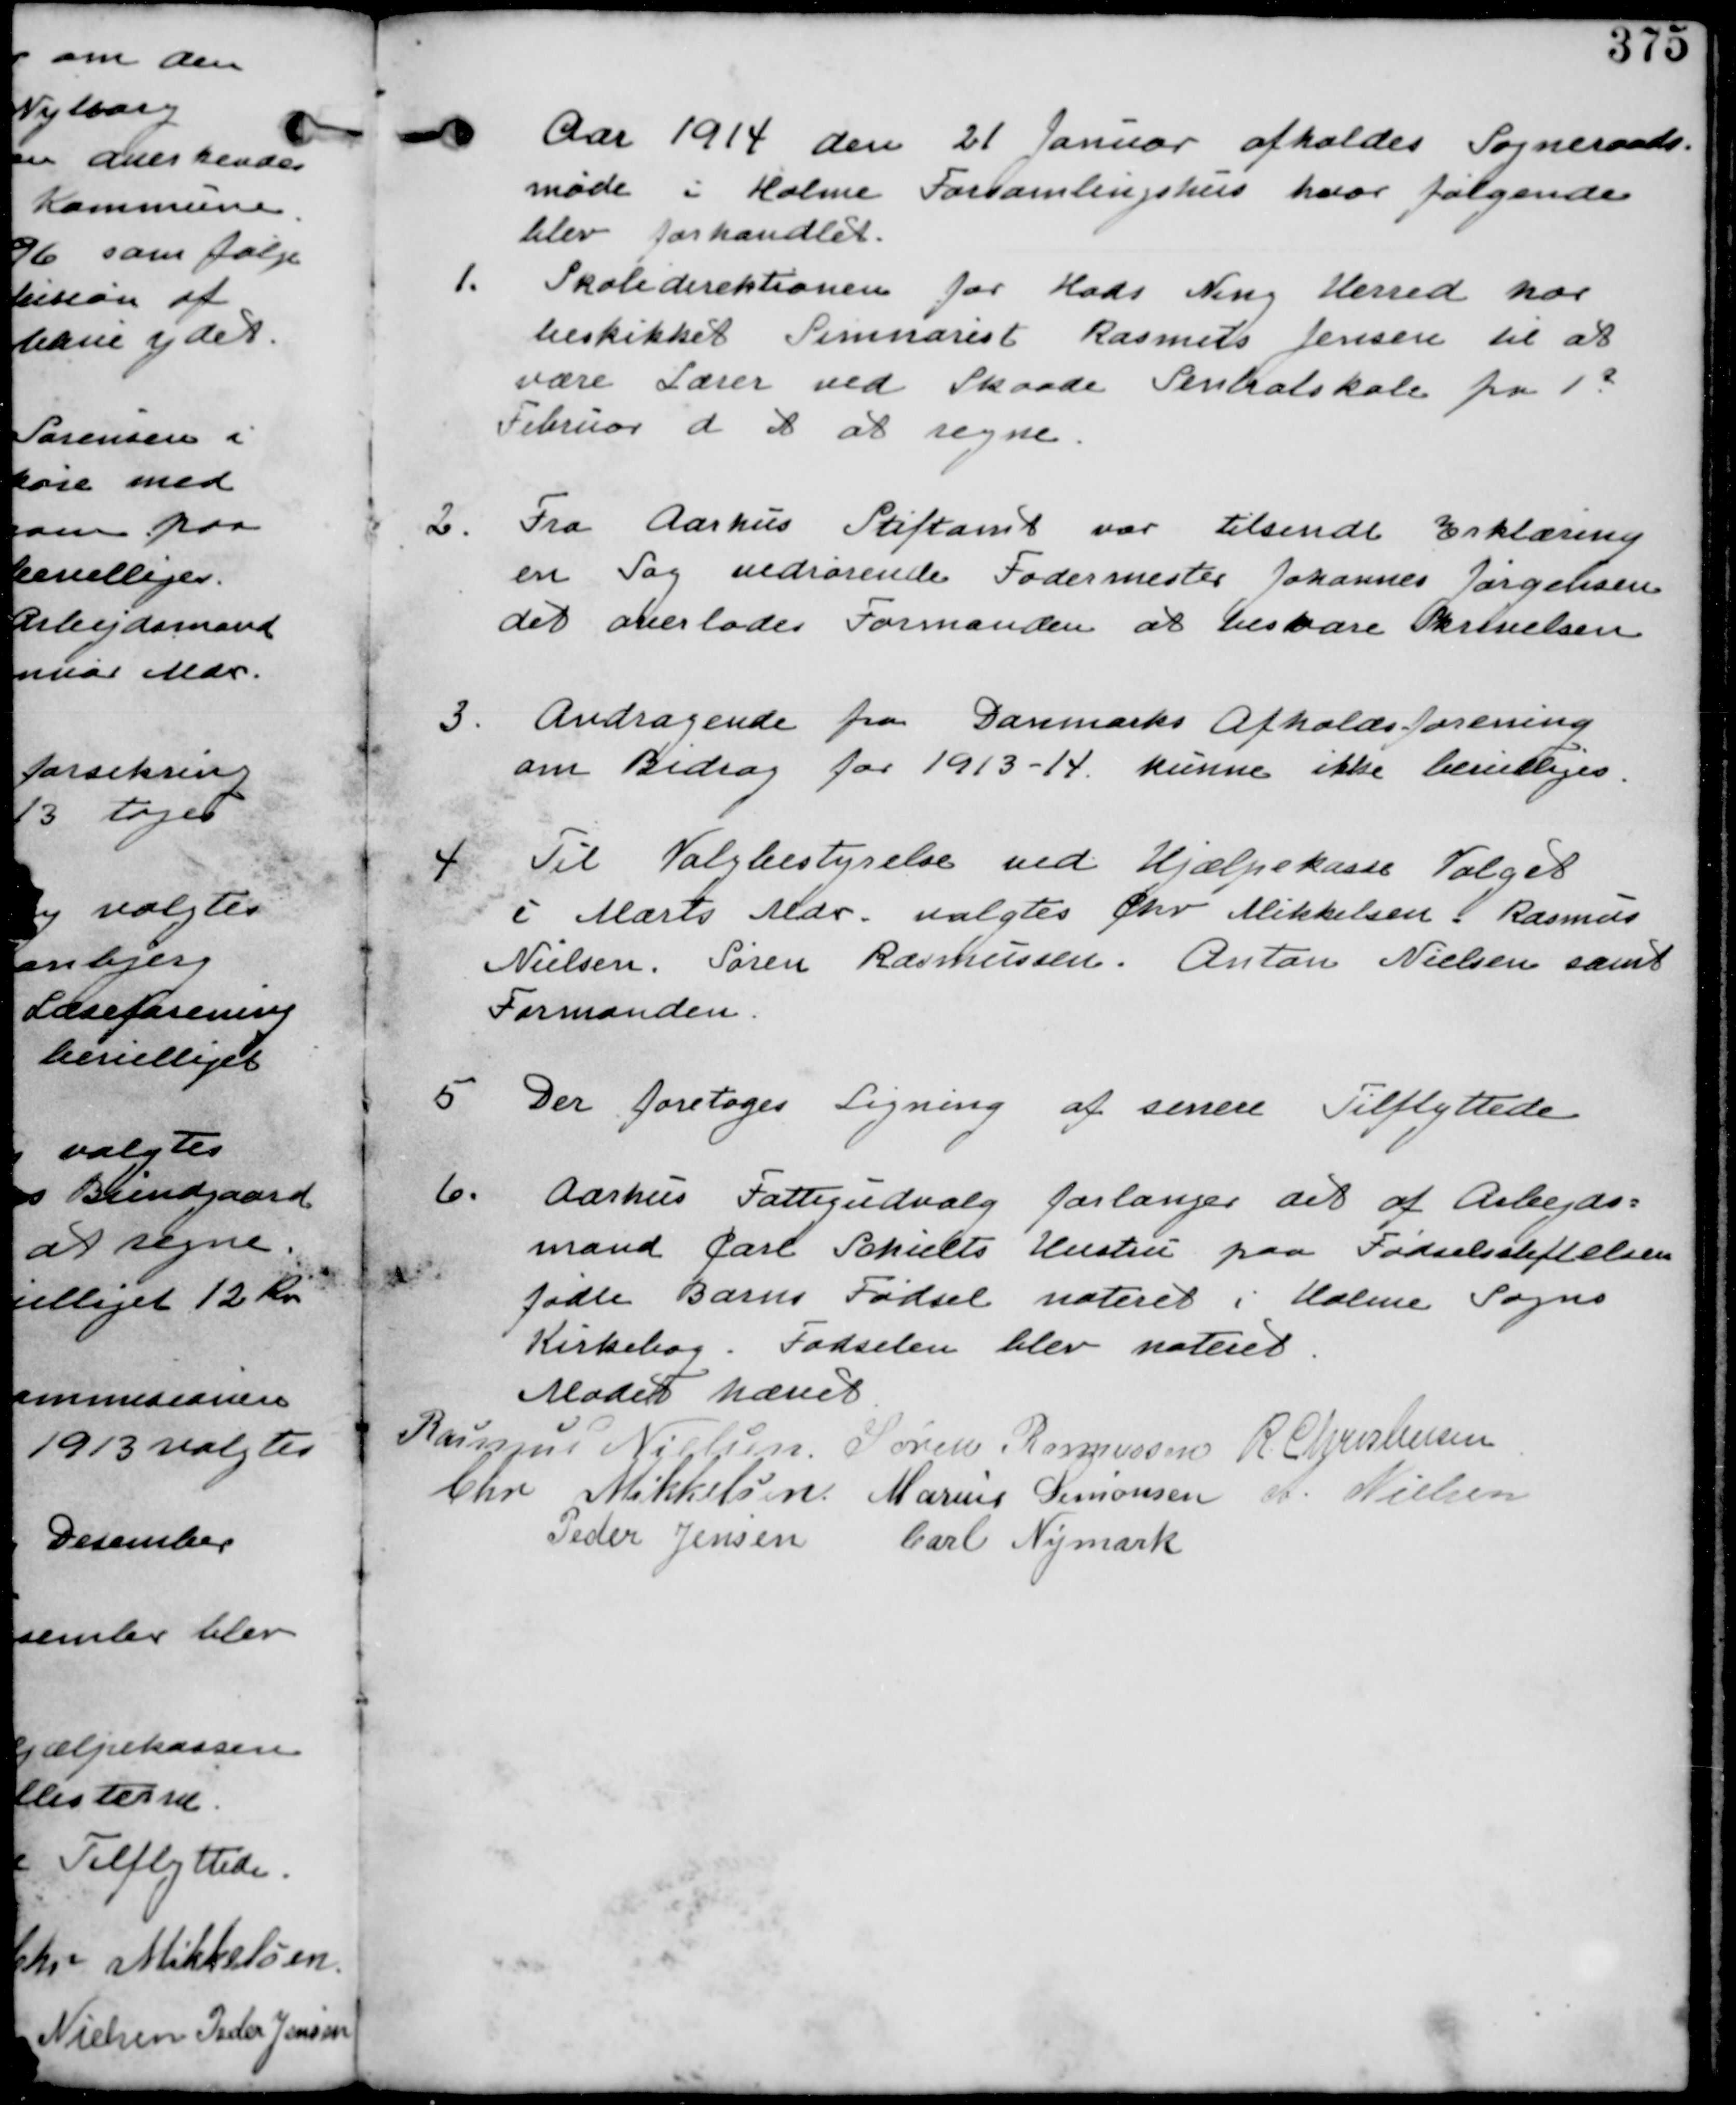
Transskription:
Aar 1914 den 21 Januar afholdes Sogneraads
møde i Holme Forsamlingshus hvor følgende
blev forhandlet.

Skoledirektionen for Hads Ning Herred har
beskikket Seminarist Rasmus Jensen til at
være Lærer ved Skaade Sentralskole fra 1
Februar d A at regne.

2. Fra Aarhus Stiftamt var tilsendt Erklæring
en sag vedrørende Fodermester Johannes Jørgensen
det overlades Formanden at besvare Skrivelsen.

3. Andragende fra Danmarks Afholdsforening
om Bidrag for 1913-14. kunne ikke bevilliges.

4 Til Valgbestyrelse ved Hjælpekasse. Valget
i Marts Mdr. valgtes Chr Mikkelsen. Rasmus
Nielsen. Søren Rasmussen. Anton Nielsen samt
Formanden.

5.
Der foretages Ligning af senere Tilflyttede

6. Aarhus Fattigudvalg forlanger det af Arbejds-
mand Carl Schielts Hustru paa Fødselsanstalten
fødte Barns Fødsel noteret i Holme Sogns
Kirkebog. Fødselen blev noteret

Mødet hævet
Rasmus Nielsen. Søren Rasmussen R Christensen
Chr Mikkelsen Marius Simonsen A. Nielsen
Peder Jensen Carl Nymark